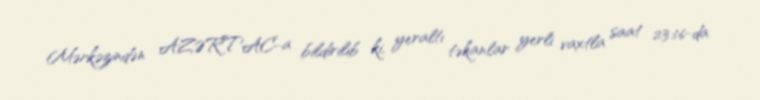
Mərkəzindən AZƏRTAC-a bildirilib ki, yeraltı təkanlar yerli vaxtla saat 23:16-da